Report on horse surra - Volume I
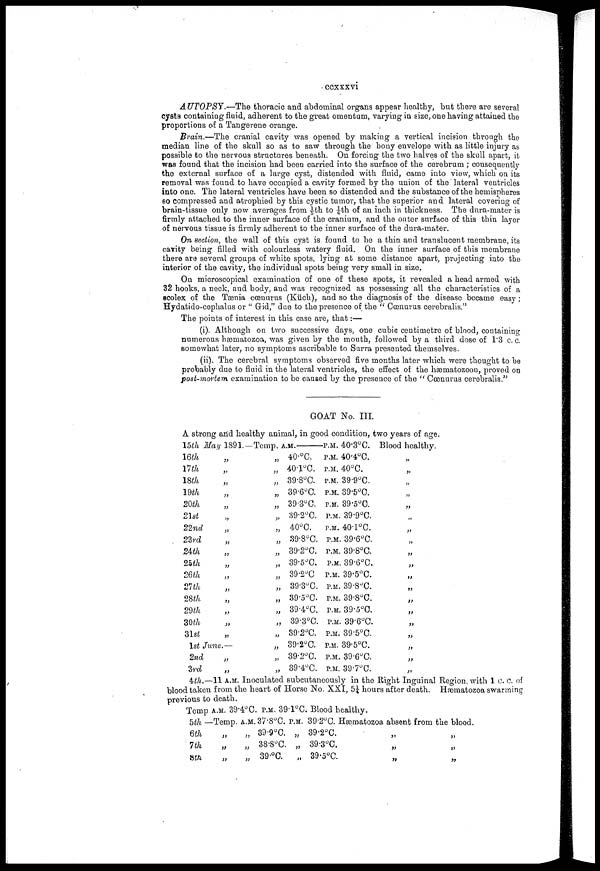
ccxxxvi
AUTOPSY.—The thoracic and abdominal organs appear healthy, but there are several
cysts containing fluid, adherent to the great omentum, varying in size, one having attained the
proportions of a Tangerene orange.
Brain.—The cranial cavity was opened by making a vertical incision through the
median line of the skull so as to saw through the bony envelope with as little injury as
possible to the nervous structures beneath. On forcing the two halves of the skull apart, it
was found that the incision had been carried into the surface of the cerebrum ; consequently
the external surface of a large cyst, distended with fluid, came into view, which on its
removal was found to have occupied a cavity formed by the union of the lateral ventricles
into one. The lateral ventricles have been so distended and the substance of the hemispheres
so compressed and atrophied by this cystic tumor, that the superior and lateral covering of
brain-tissue only now averages from 1/5th to ¼th of an inch in thickness. The dura-mater is
firmly attached to the inner surface of the cranium, and the outer surface of this thin layer
of nervous tissue is firmly adherent to the inner surface of the dura-mater.
On section, the wall of this cyst is found to be a thin and translucent membrane, its
cavity being filled with colourless watery fluid. On the inner surface of this membrane
there are several groups of white spots, lying at some distance apart, projecting into the
interior of the cavity, the individual spots being very small in size.
On microscopical examination of one of these spots, it revealed a head armed with
32 hooks, a neck, and body, and was recognized as possessing all the characteristics of a
scolex of the Tænia cœnurus (Küch), and so the diagnosis of the disease became easy;
Hydatido-cephalus or "Gid," due to the presence of the "Cœnurus cerebralis."
The points of interest in this case are, that :—
(i). Although on two successive days, one cubic centimetre of blood, containing
numerous hæmatozoa, was given by the mouth, followed by a third dose of 1.3 c. c.
somewhat later, no symptoms ascribable to Surra presented themselves.
(ii). The cerebral symptoms observed five months later which were thought to be
probably due to fluid in the lateral ventricles, the effect of the hæmatozoon, proved on
post-mortem examination to be caused by the presence of the "Cœnurus cerebralis."
GOAT No. III.
A strong and healthy animal, in good condition, two years of age.
15th May 1891.—Temp.
A.M.—
16th
17th
18th
19th
20th
21st
22nd
23rd
24th
25th
26th
27th
28th
29th
30th
31st
„
„
„
„
„
„
„
„
„
„
„
„
„
„
„
„
1st June.—
2nd
3rd
„
„
„
„
„
„
„
„
„
„
„
„
„
„
„
„
„
„
„
„
„
40.°C.
40.1°C.
39.8°C.
39.6°C.
39.3°C.
39.2°C.
40°C.
39.8°C.
39.2°C.
39.5°C.
39.2°C.
39.3°C.
39.5°C.
39.4°C.
39.3°C.
39.2°C.
39.2°C.
39.2°C.
39.4°C.
P.M. 40.3°C.
P.M. 40.4°C.
P.M. 40°C.
P.M. 39.9°C.
P.M. 39.5°C.
P.M. 39.5°C.
P.M. 39.9°C.
P.M. 40.1°C.
P.M. 39.6°C.
P.M. 39.8°C.
P.M. 39.6°C.
P.M. 39.5°C.
P.M. 39.8°C.
P.M. 39.8°C.
P.M. 39.5°C.
P.M. 39.6°C.
P.M. 39.5°C.
P.M. 39.5°C.
P.M. 39.6°C.
P.M. 39.7°C.
Blood healthy.
„
„
„
„
„
„
„
„
„
„
„
„
„
„
„
„
„
„
„
4th.—11 A.M. Inoculated subcutaneously in the Right Inguinal Region, with 1 c. c. of
blood taken from the heart of Horse No. XXI, 5¼ hours after death. Hæmatozoa swarming
previous to death.
Temp
5th
6th
7th
8th
A.M. 39.4°C
—Temp.
„
„
„
A.M.
„
„
„
P.M. 39.1°C. Blood healthy.
37.8°C.
39.9°C.
38.8°C.
39.°C.
P.M. 39.2°C. Hæmatozoa absent from the blood.
„ 39.2°C.
„ 39.3°C.
„
39.5°C.
„
„
„
„
„
„